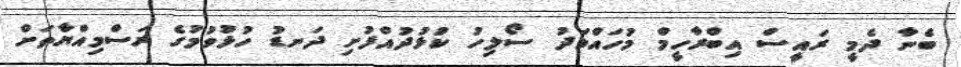
ބެނާ ދެމީ ރައީސް އިބްރާހީމް މުހައްމަދު ސޯލިހު ކުޅުދުއްފުށި ދަނޑު ހުޅުވުމުގެ ރަސްމިއްޔާތަށް